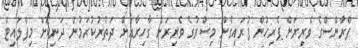
ފްރާންސްގެ ވެރިރަށް ޕެރިހުން ފުރައިގެން މިސްރުގެ ވެރިރަށް ގާހިރާއަށް ދަތުރުކުރަމުން ދަނިކޮށް މިފްލައިޓް